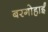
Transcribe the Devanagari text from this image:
बरगोहाईं